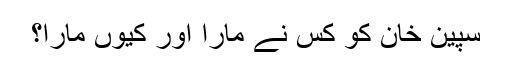
سپین خان کو کس نے مارا اور کیوں مارا؟